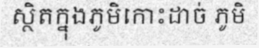
ស្ថិតក្នុងភូមិកោះដាច់ ភូមិ